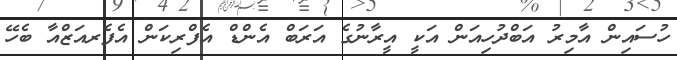
ހުސައިން އާމިރު އަބްދުހިއަން އަކީ އީރާނުގެ އަރަބް އެންޑް އެފްރިކަން އެފެރއަޒްއާ ބެހޭ